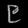
Digit: ၉